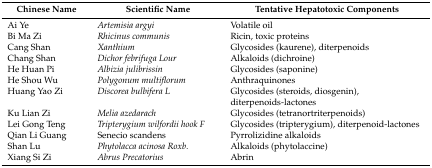
<table><thead><tr><td><b>Chinese Name</b></td><td><b>Scientific Name</b></td><td><b>Tentative Hepatotoxic Components</b></td></tr></thead><tbody><tr><td>Ai Ye</td><td><i>Artemisia argyi</i></td><td>Volatile oil</td></tr><tr><td>Bi Ma Zi</td><td><i>Rhicinus communis</i></td><td>Ricin, toxic proteins</td></tr><tr><td>Cang Shan</td><td><i>Xanthium</i></td><td>Glycosides (kaurene), diterpenoids</td></tr><tr><td>Chang Shan</td><td><i>Dichor febrifuga Lour</i></td><td>Alkaloids (dichroine)</td></tr><tr><td>He Huan Pi</td><td><i>Albizia julibrissin</i></td><td>Glycosides (saponine)</td></tr><tr><td>He Shou Wu</td><td><i>Polygonum multiflorum</i></td><td>Anthraquinones</td></tr><tr><td>Huang Yao Zi</td><td><i>Discorea bulbifera L</i></td><td>Glycosides (steroids, diosgenin), diterpenoids-lactones</td></tr><tr><td>Ku Lian Zi</td><td><i>Melia azedarach</i></td><td>Glycosides (tetranortriterpenoids)</td></tr><tr><td>Lei Gong Teng</td><td><i>Tripterygium wilfordii hook F</i></td><td>Glycosides (tripterygium), diterpenoid-lactones</td></tr><tr><td>Qian Li Guang</td><td>Senecio scandens</td><td>Pyrrolizidine alkaloids </td></tr><tr><td>Shan Lu</td><td><i>Phytolacca acinosa Roxb.</i></td><td>Alkaloids (phytolaccine)</td></tr><tr><td>Xiang Si Zi </td><td><i>Abrus Precatorius</i></td><td>Abrin</td></tr></tbody></table>